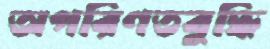
অপরিণতবুদ্ধি